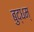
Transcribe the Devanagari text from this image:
बुद्धम्